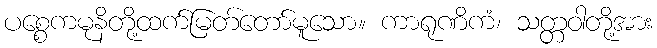
ပစ္စေကမုနိတို့ထက်မြတ်တော်မူသော။ ကာရုဏိကံ၊ သတ္တဝါတို့အား